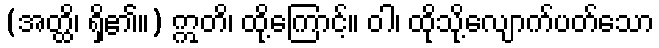
(အတ္ထိ၊ ရှိ၏။) ဣတိ၊ ထို့ကြောင့်။ ဝါ၊ ထိုသို့လျောက်ပတ်သော